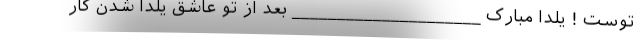
توست ! یلدا مبارک _____________________ بعد از تو عاشقِ یلدا شدن کار